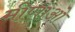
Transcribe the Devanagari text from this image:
मीणाओ